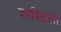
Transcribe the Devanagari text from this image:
कास्टिला